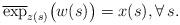
LaTeX: \begin{align*}\overline\exp_{z(s)}\big(w(s)\big)=x(s),\forall\, s.\end{align*}